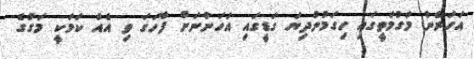
އަހަރެން މަގުމަތީގައި ހިގަމުންދިޔަ ގަޑީގައި އަހަންނަށް ފާހަގަ ވި އެއް ކަމަކީ މަގުގެ